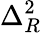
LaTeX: \Delta_{R}^{2}